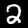
Label: 2